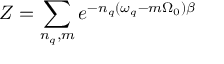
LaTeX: Z = \sum _ { n _ { q } , m } e ^ { - n _ { q } ( \omega _ { q } - m \Omega _ { 0 } ) \beta }